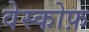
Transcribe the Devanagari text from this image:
वेस्कोफ़